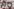
Text: A0